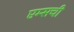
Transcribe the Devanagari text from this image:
एम्सची